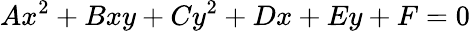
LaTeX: Ax^{2}+Bxy+Cy^{2}+Dx+Ey+F=0